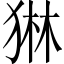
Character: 𭸓